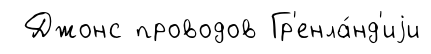
Джонс проводов Гр'енла́нд'иjи